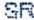
SR